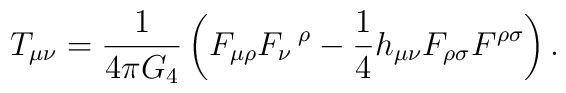
T_{\mu\nu} = \frac{1}{4\pi G_4} \left(F_{\mu \rho} F_{\nu}\,^{\rho} -     \frac{1}{4} h_{\mu\nu} F_{\rho\sigma} F^{\rho\sigma} \right).